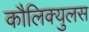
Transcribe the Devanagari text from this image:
कौलिक्युलस